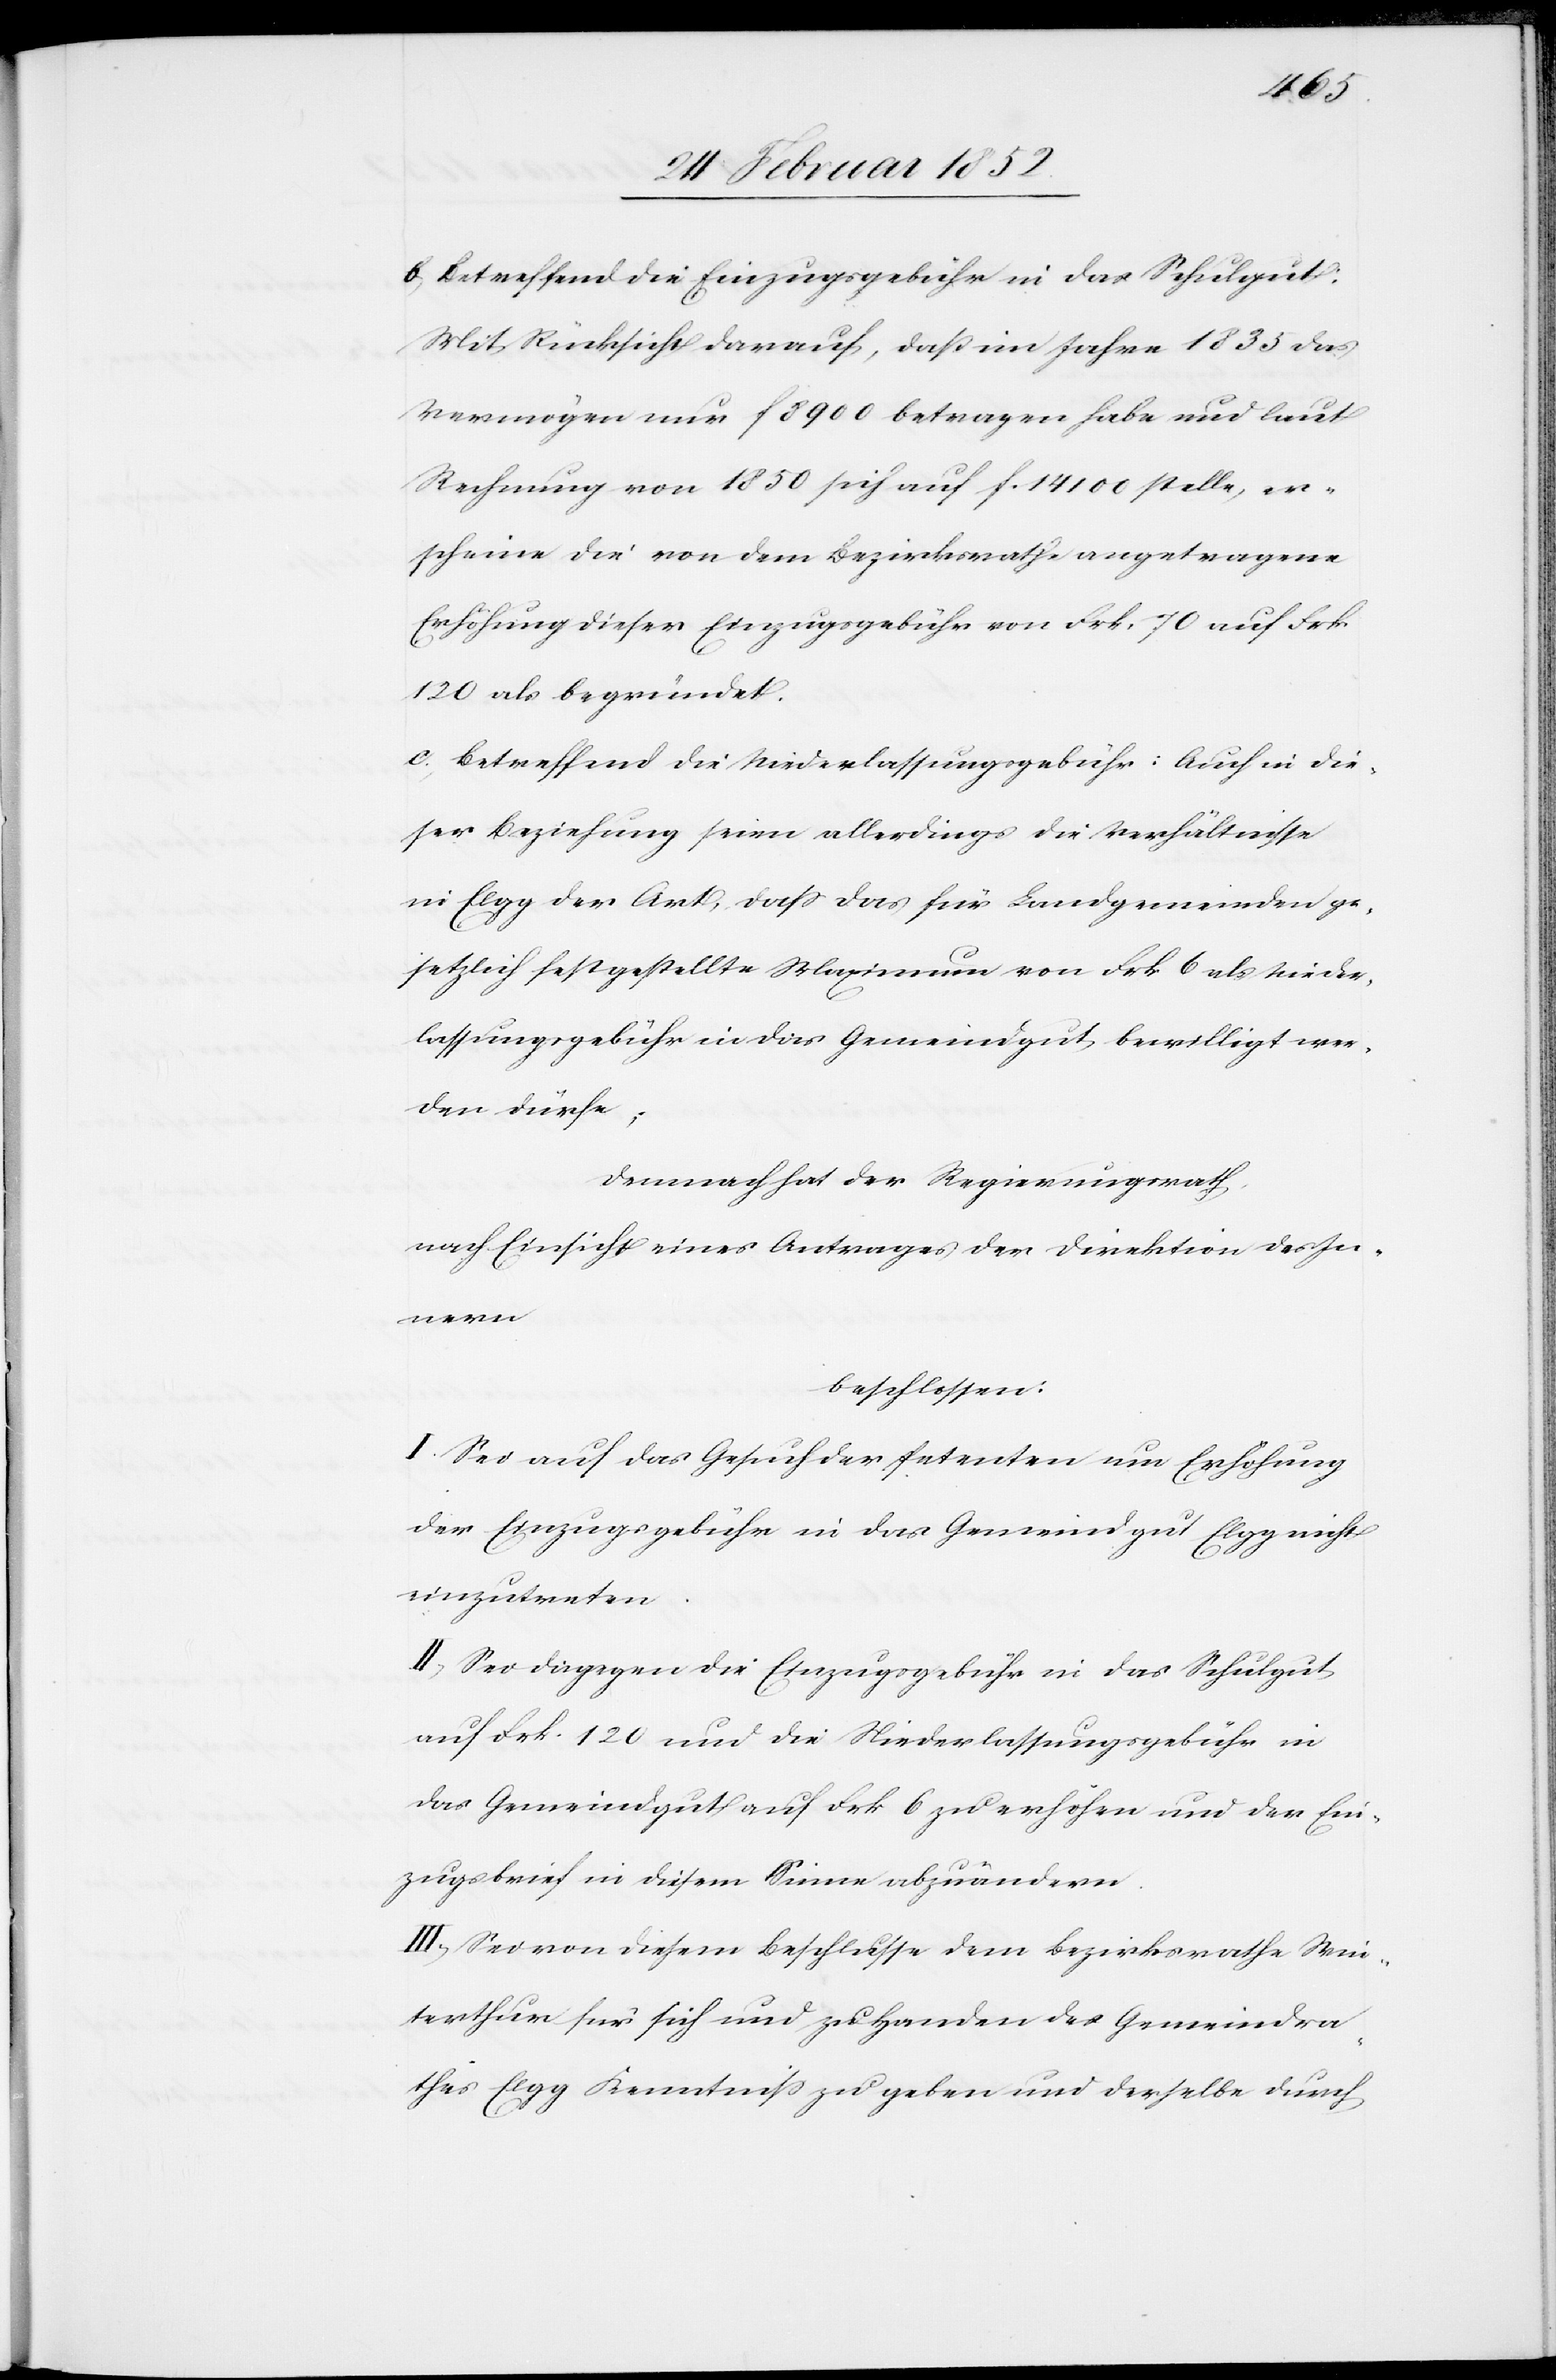
b) Betreffend die Einzugsgebühr in das Schulgut:
Mit Rücksicht darauf, daß im Jahre 1835 das
Vermögen nur f 8900 betragen haben und laut
Rechnung von 1850 sich auf f. 14 100 stelle, er¬
scheine die von dem Bezirksrathe angetragene
Erhöhung dieser Einzugsgebühr von Frk. 70 auf Frk.
120 als begründet.
c) Betreffend die Niederlassungsgebühr: Auch in die¬
ser Beziehung seien allerdings die Verhältnisse
in Elgg der Art, daß das für Landgemeinden ge¬
setzlich festgestellte Maximum von Frk. 6 als Nieder¬
lassungsgebühr in das Gemeindgut bewilligt wer¬
den dürfe;
Demnach hat der Regierungsrath,
nach Einsicht eines Antrages der Direktion des In¬
nern
beschlossen:
I. Sei auf das Gesuch der Petenten um Erhöhung
der Einzugsgebühr in das Gemeindgut Elgg nicht
einzutreten.
II.) Sei dagegen die Einzugsgebühr in das Schulgut
auf Frk. 120 und die Niederlassungsgebühr in
das Gemeindgut auf Frk. 6 zu erhöhen und der Ein¬
zugsbrief in diesem Sinne abzuändern.
III.) Sei von diesem Beschlusse dem Bezirksrathe Win¬
terthur für sich und zu Handen des Gemeindra¬
thes Elgg Kenntniß zu geben und derselbe durch